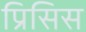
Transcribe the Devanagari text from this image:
प्रिसिस